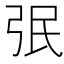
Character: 㢯